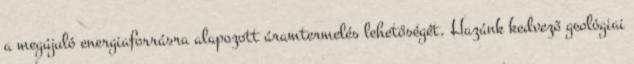
a megújuló energiaforrásra alapozott áramtermelés lehetőségét. Hazánk kedvező geológiai